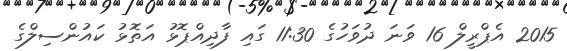
2015 އެޕްރީލް 16 ވަނަ ދުވަހުގެ 11:30 ގައި ފާދިއްޕޮޅު އަތޮޅު ކައުންސިލްގެ